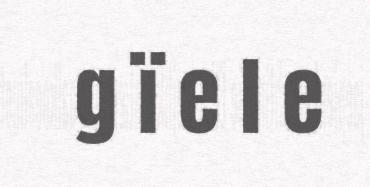
g ï e l e